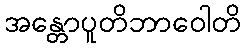
အန္တောပူတိဘာဝေါတိ